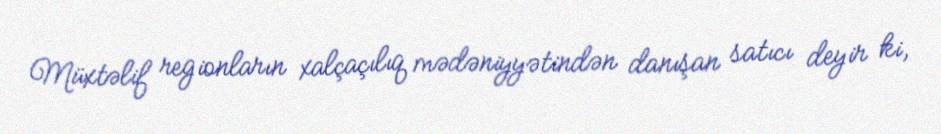
Müxtəlif regionların xalçaçılıq mədəniyyətindən danışan satıcı deyir ki,